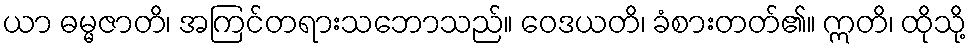
ယာ ဓမ္မဇာတိ၊ အကြင်တရားသဘောသည်။ ဝေဒယတိ၊ ခံစားတတ်၏။ ဣတိ၊ ထိုသို့